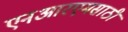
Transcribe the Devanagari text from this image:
एनआरएमसाठी